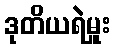
ဒုတိယရဲမှူး